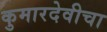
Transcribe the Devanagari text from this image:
कुमारदेवीचा